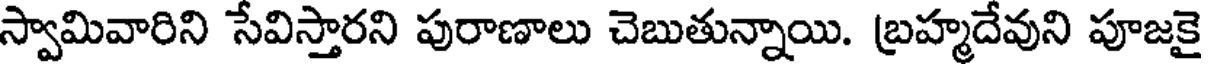
స్వామివారిని సేవిస్తారని పురాణాలు చెబుతున్నాయి. బ్రహ్మదేవుని పూజకై